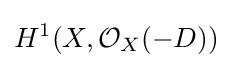
H^{1}(X,{\mathcal {O}}_{X}(-D))